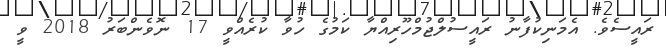
ރައީސެވެ. އެމަނިކުފާނު ރައީސުލްޖުމްހޫރިއްޔާ ކަމުގެ ހުވާ ކުރެއްވީ 17 ނޮވެންބަރު 2018 ވީ